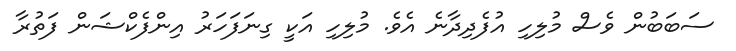
ސަބަބުން ވެސް މުލިހި އުފެދިދާނެ އެވެ. މުލިހި އަކީ ގިނަފަހަރު އިންފެކްޝަން ފަތުރާ